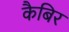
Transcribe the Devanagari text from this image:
कैबिर